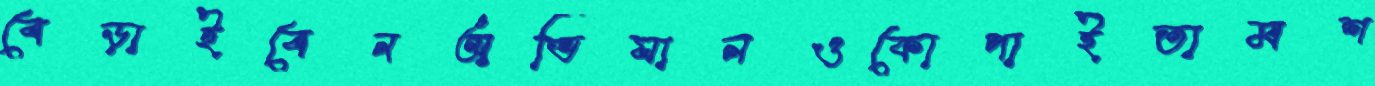
বেড়াইবেনঅভিযানওকোপাইতামশ